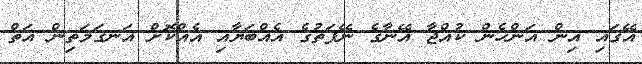
އޭގައި އިން އަންހެން ކުއްޖާ އޭނާގެ ނޭފަތުގެ އެއްބަޔާއި އެއްކޮށް އަނގަމަތިން އަތް